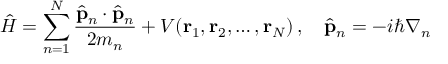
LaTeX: { \hat { H } } = \sum _ { n = 1 } ^ { N } { \frac { { \hat { \mathbf { p } } } _ { n } \cdot { \hat { \mathbf { p } } } _ { n } } { 2 m _ { n } } } + V ( \mathbf { r } _ { 1 } , \mathbf { r } _ { 2 } , \ldots , \mathbf { r } _ { N } ) \, , \quad { \hat { \mathbf { p } } } _ { n } = - i \hbar { \boldsymbol { \nabla } } _ { n }